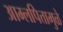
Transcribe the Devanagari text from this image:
आम्लपित्तामुळे